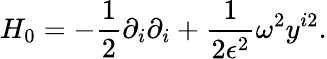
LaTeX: H_{0}=-\frac{1}{2}\partial_{i}\partial_{i}+\frac{1}{2\epsilon^{2}}\omega^{2}y^{i2}.